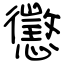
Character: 懲